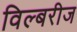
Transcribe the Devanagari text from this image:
विल्बरीज